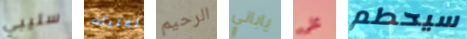
سليبي لفتيات الرحيم ياباني على سيحطم